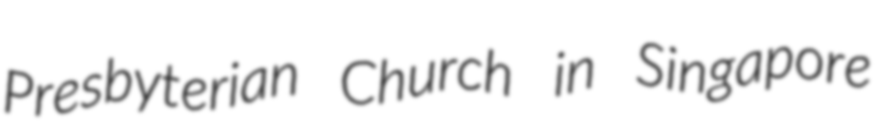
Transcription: Presbyterian Church in Singapore